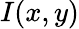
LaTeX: I(x,y)